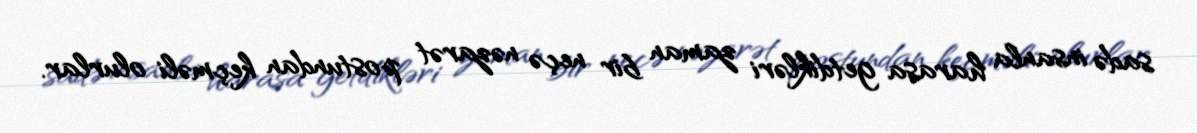
sadə insanla harasa getdikləri zaman bir neçə nəzarət postundan keçməli olurlar.